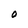
Character: O